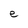
Character: e